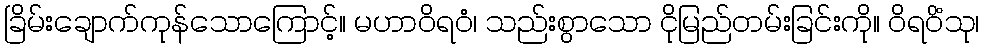
ခြိမ်းချောက်ကုန်သောကြောင့်။ မဟာဝိရဝံ၊ သည်းစွာသော ငိုမြည်တမ်းခြင်းကို။ ဝိရဝိံသု၊